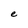
Character: e